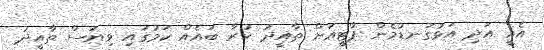
އެއީ އަދި އަޅުގަނޑުމެން ޕާޓީއަށް ތާއީދު ކުރާ ބައެއް ކަމުގައި ވިޔަސް ތާއީދު